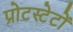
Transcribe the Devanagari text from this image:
प्रोटस्टेटों